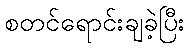
စတင်ရောင်းချခဲ့ပြီး